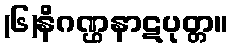
(၆)နိဂဏ္ဌနာဋပုတ္တ။